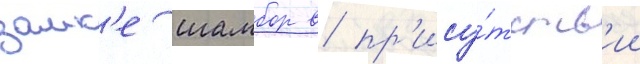
замк'е шамбор в пр'ису́тств'ии